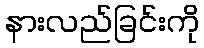
နားလည်ခြင်းကို